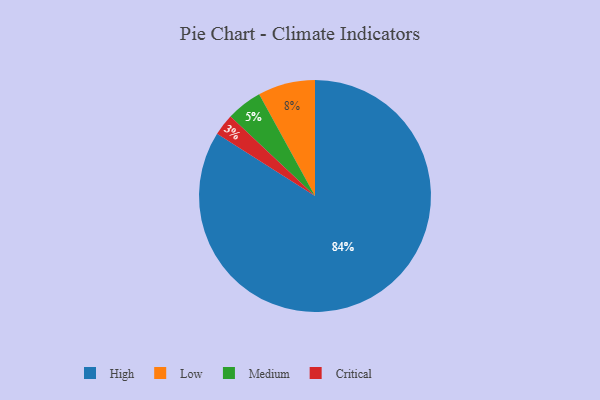
{"axis": {"x": "Category", "y": "Percentage"}, "legend": ["Critical", "High", "Low", "Medium"], "data": [{"x": "High", "y": 84, "type": "High"}, {"x": "Low", "y": 8, "type": "Low"}, {"x": "Medium", "y": 5, "type": "Medium"}, {"x": "Critical", "y": 3, "type": "Critical"}]}